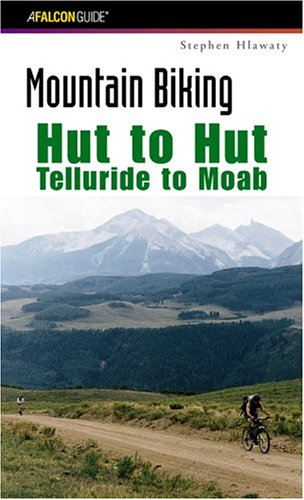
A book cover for Mountain Biking Hut to Hut: Telluride to Moab (Regional Mountain Biking Series); Stephen Hlawaty; Travel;